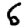
Digit: 6